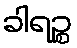
ခါရဉ္စ